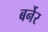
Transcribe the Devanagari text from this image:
बर्नेर